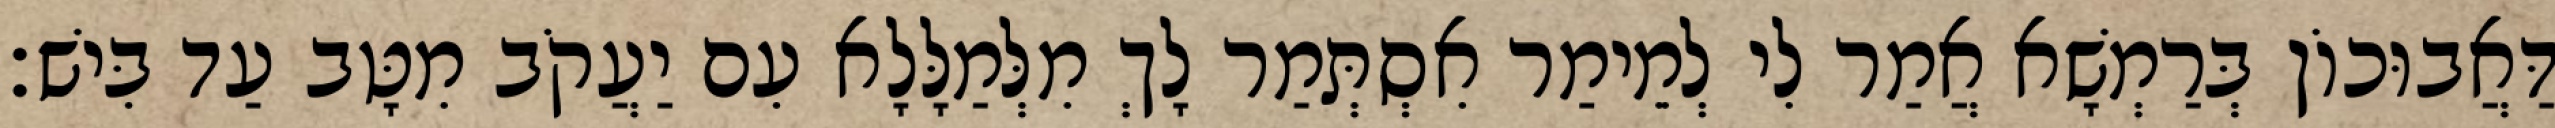
דַּאֲבוּכוֹן בְּרַמְשָׁא אֲמַר לִי לְמֵימַר אִסְתְּמַר לָךְ מִלְּמַלָּלָא עִם יַעֲקֹב מִטָּב עַד בִּישׁ׃